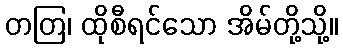
တတြ၊ ထိုစီရင်သော အိမ်တို့သို့။